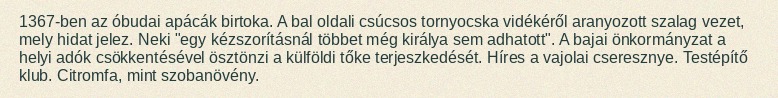
1367-ben az óbudai apácák birtoka. A bal oldali csúcsos tornyocska vidékéről aranyozott szalag vezet, mely hidat jelez. Neki "egy kézszorításnál többet még királya sem adhatott". A bajai önkormányzat a helyi adók csökkentésével ösztönzi a külföldi tőke terjeszkedését. Híres a vajolai cseresznye. Testépítő klub. Citromfa, mint szobanövény.